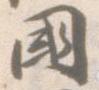
国